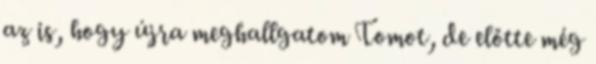
az is, hogy újra meghallgatom Tomot, de előtte még